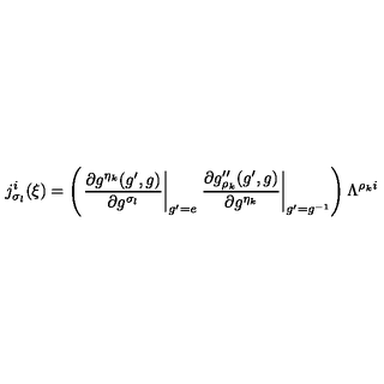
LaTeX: j _ { \sigma _ { l } } ^ { i } ( \xi ) = \left( \left. \frac { \partial g ^ { \eta _ { k } } ( g ^ { \prime } , g ) } { \partial g ^ { \sigma _ { l } } } \right| _ { g ^ { \prime } = e } \left. \frac { \partial g _ { \rho _ { k } } ^ { \prime \prime } ( g ^ { \prime } , g ) } { \partial g ^ { \eta _ { k } } } \right| _ { g ^ { \prime } = g ^ { - 1 } } \right) \Lambda ^ { \rho _ { k } i }